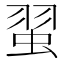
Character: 𫊼